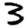
Digit: 3